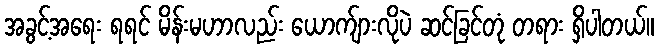
အခွင့်အရေး ရရင် မိန်းမဟာလည်း ယောက်ျားလိုပဲ ဆင်ခြင်တုံ တရား ရှိပါတယ်။